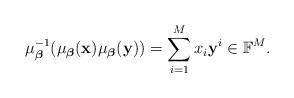
LaTeX: \begin{align*}\mu_{\boldsymbol\beta}^{-1}(\mu_{\boldsymbol\beta}(\mathbf{x}) \mu_{\boldsymbol\beta}(\mathbf{y})) = \sum_{i=1}^M x_i \mathbf{y}^i \in \mathbb{F}^M.\end{align*}